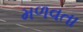
મળવતા